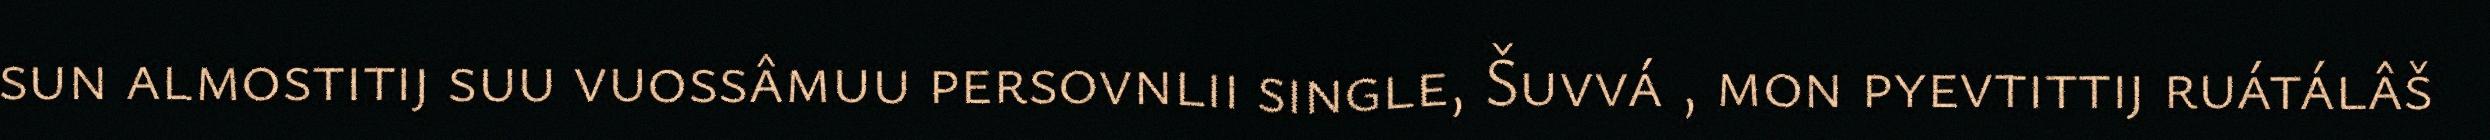
sun almostitij suu vuossâmuu persovnlii single, Šuvvá , mon pyevtittij ruátálâš